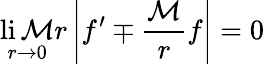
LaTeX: \operatorname*{li\mathcal{M}}_{r\to0}r\left|f^{\prime}\mp\frac{\mathcal{M}}{r}f\right|=0